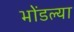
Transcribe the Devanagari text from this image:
भोंडल्या